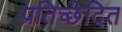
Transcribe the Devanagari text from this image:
प्रतिच्छेदित